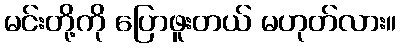
မင်းတို့ကို ပြောဖူးတယ် မဟုတ်လား။